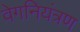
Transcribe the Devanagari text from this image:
वेगनियंत्रण